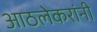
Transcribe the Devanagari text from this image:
आठलेकरांनी